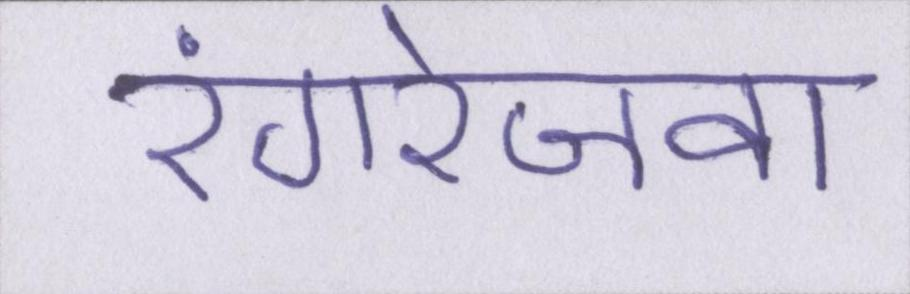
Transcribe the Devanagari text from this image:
रंगरेजवा